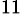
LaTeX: ^{11}